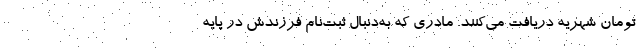
تومان شهریه دریافت می‌‌کنند. مادری که به‌دنبال ثبت‌نام فرزندش در پایه